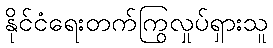
နိုင်ငံရေးတက်ကြွလှုပ်ရှားသူ